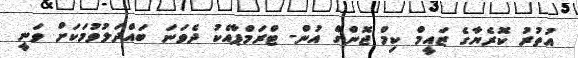
އުތުރު ކޮރެޔާގެ ޒައީމް ކިމް ޖޮންގް އުން- ޓްރަމްޕާއެކު ދެވަނަ ބައްދަލުވުމަކަށް ވަނީ